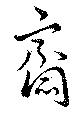
齋